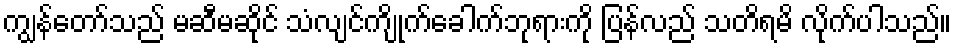
ကျွန်တော်သည် မဆီမဆိုင် သံလျင်ကျိုက်ခေါက်ဘုရားကို ပြန်လည် သတိရမိ လိုက်ပါသည်။